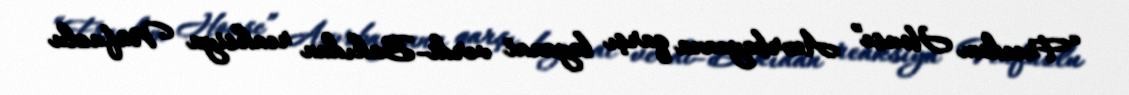
“Freedom House” Azərbaycana qarşı bəyanat verdi–Bakıdan reaksiya Nüfuzlu